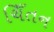
ચિઁતન